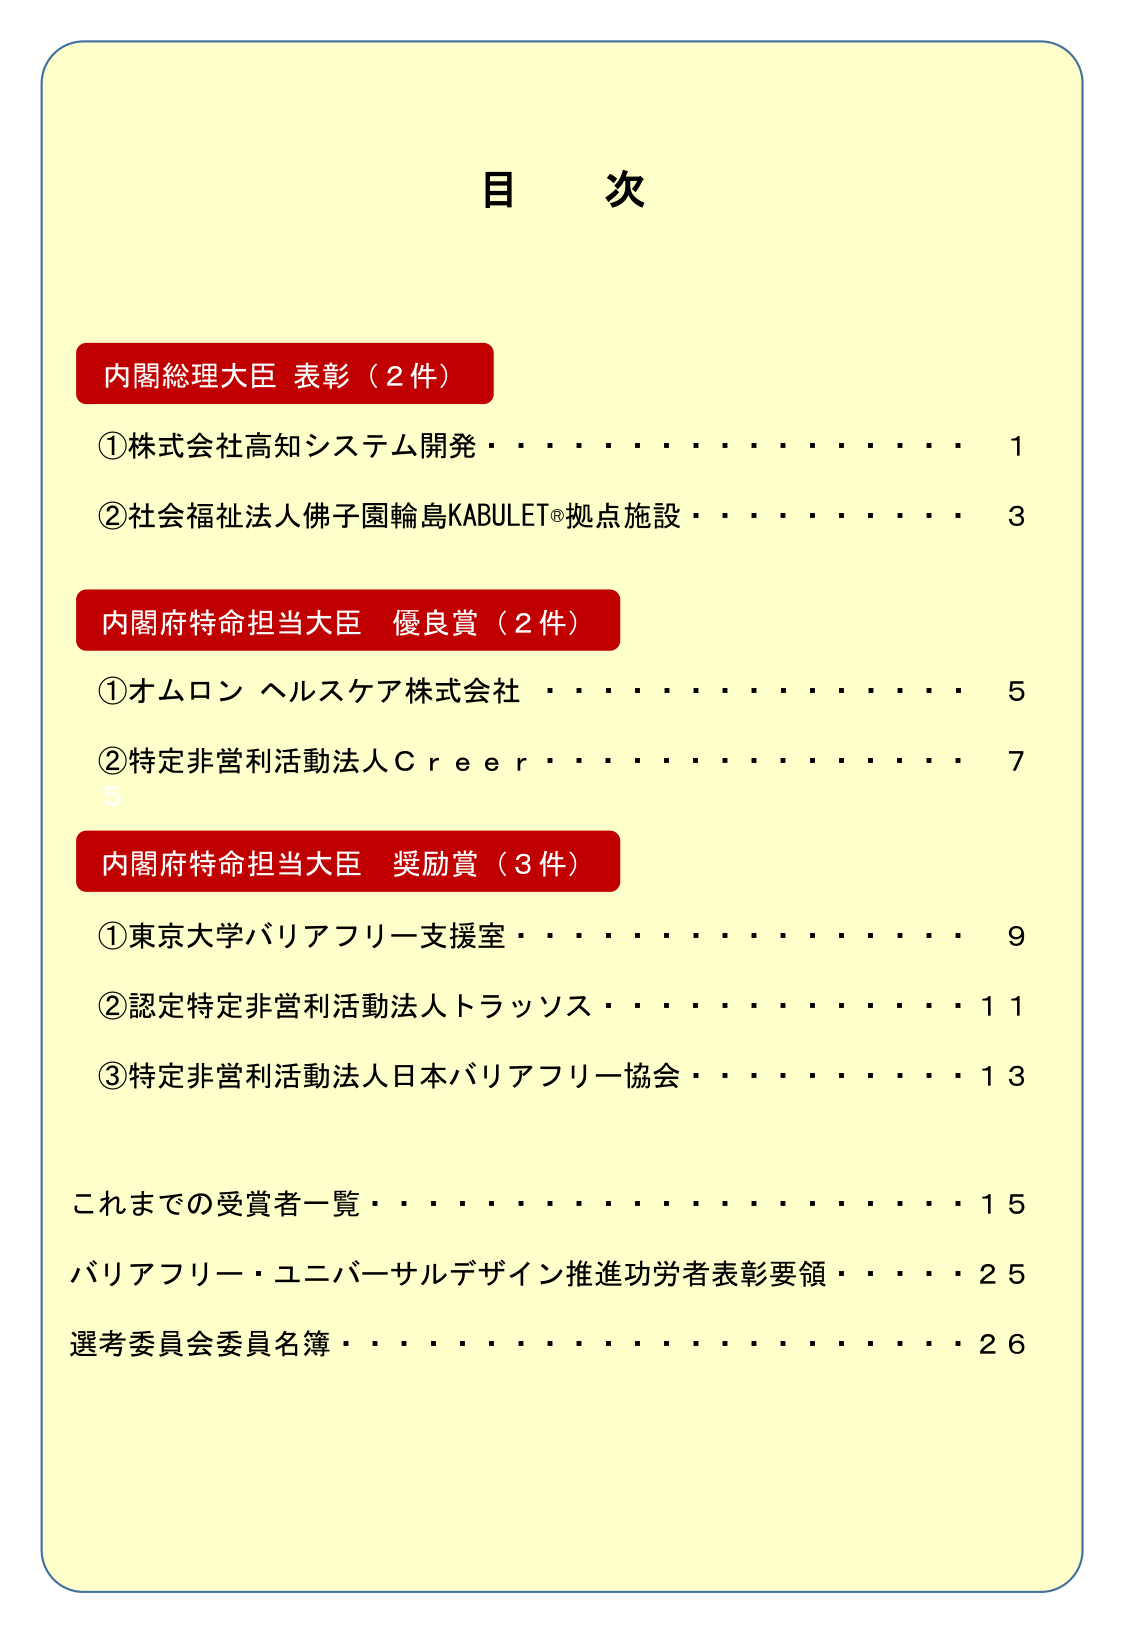
目 次

内閣総理大臣 表彰（2件）
①株式会社高知システム開発・・・・・・・・・・・・・・1
②社会福祉法人佛子園輪島KABULET®拠点施設・・・・・・・・3

内閣府特命担当大臣 優良賞（2件）
①オムロン ヘルスケア株式会社・・・・・・・・・・・・・・5
②特定非営利活動法人Ｃｒｅｅｒ・・・・・・・・・・・・・・7

内閣府特命担当大臣 奨励賞（3件）
①東京大学バリアフリー支援室・・・・・・・・・・・・・・9
②認定特定非営利活動法人トラッソス・・・・・・・・・・11
③特定非営利活動法人日本バリアフリー協会・・・・・・13

これまでの受賞者一覧・・・・・・・・・・・・・・・・15
バリアフリー・ユニバーサルデザイン推進功労者表彰要領・・・・25
選考委員会委員名簿・・・・・・・・・・・・・・・・26